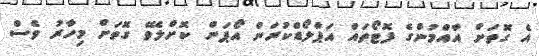
އެ ގޮތަށް އާއްމުންގެ ފޮޓޯތައް އަޕްލޯޑްކުރަން އޯޕަން ކޮށްލެވޭ ގޮތަށް މިހާރު ވެސް